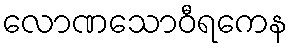
လောဏသောဝီရကေန